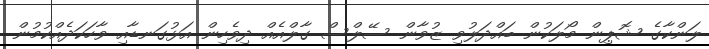
ލަންކާގެ ޝޮޕިން މޯލަކުން ބައްދަލުވި ޒުވާން ސޭލްސް ގާލްއެއް ދިވެހިން އަޅުގަނޑާއި ވާހަކަދެއްކުމުން